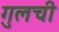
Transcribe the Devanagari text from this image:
गुलची